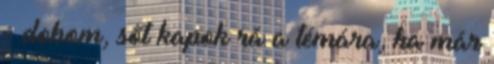
- dobom, sőt kapok rá a témára, ha már